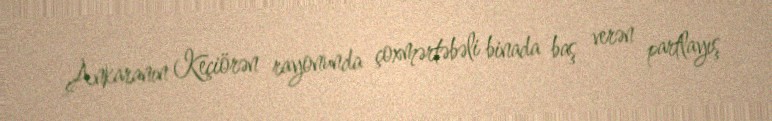
Ankaranın Keçiörən rayonunda çoxmərtəbəli binada baş verən partlayış